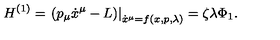
H ^ { ( 1 ) } = \left. \left( p _ { \mu } \dot { x } ^ { \mu } - L \right) \right| _ { \dot { x } ^ { \mu } = f ( x , p , \lambda ) } = \zeta \lambda \Phi _ { 1 } .